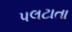
પલટાતા